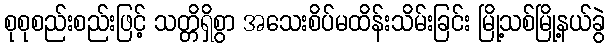
စုစုစည်းစည်းဖြင့် သတ္တိရှိစွာ အသေးစိပ်မထိန်းသိမ်းခြင်း မြို့သစ်မြို့နယ်ခွဲ